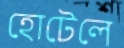
হোটেলে